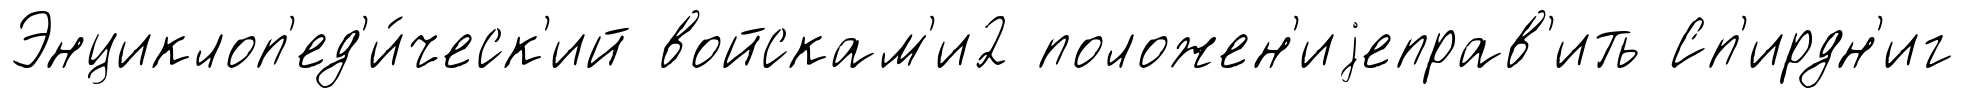
Энциклоп'ед'и́ческ'ий войскам'и2 положен'иjеправ'ить Сп'ирдн'иг